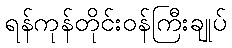
ရန်ကုန်တိုင်းဝန်ကြီးချုပ်